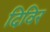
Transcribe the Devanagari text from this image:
दिविर